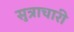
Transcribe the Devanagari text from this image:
सुत्राचारी